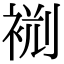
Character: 𧙮